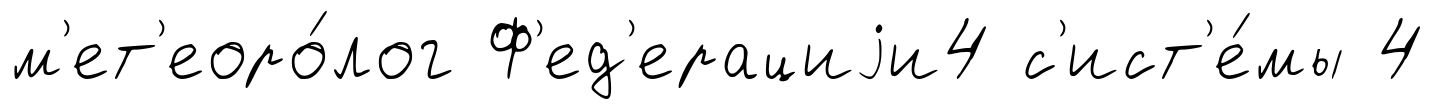
м'ет'еоро́лог Ф'ед'ерациjи4 с'ист'е́мы 4